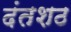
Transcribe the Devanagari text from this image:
दंतशठ